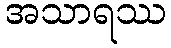
အသာရဿ